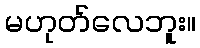
မဟုတ်လေဘူး။